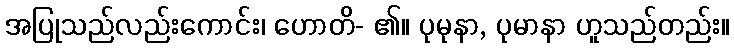
အပြုသည်လည်းကောင်း၊ ဟောတိ- ၏။ ပုမုနာ, ပုမာနာ ဟူသည်တည်း။